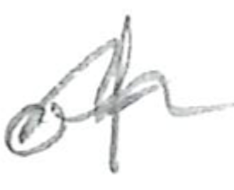
Text: of
Cross-out: wave
Writing tool: pencil